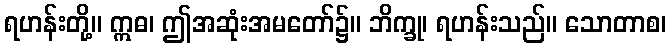
ရဟန်းတို့။ ဣဓ၊ ဤအဆုံးအမတော်၌။ ဘိက္ခု၊ ရဟန်းသည်။ သောတာစ၊